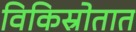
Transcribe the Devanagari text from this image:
विकिस्रोतात